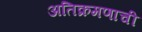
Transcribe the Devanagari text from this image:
अतिक्रमणाची